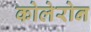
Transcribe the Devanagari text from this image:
कोलेरोन